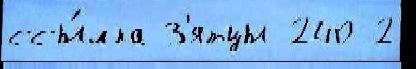
ссы́лка З'ятцы 240 2